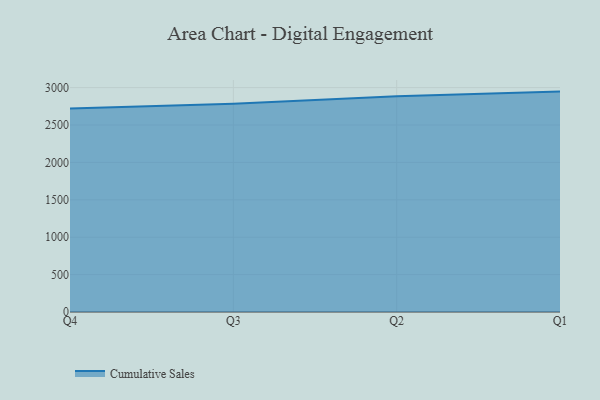
{"axis": {"x": "Quarter", "y": "Market Share (%)"}, "legend": ["Cumulative Sales"], "data": [{"x": "Q4", "y": 2719.9, "type": "Cumulative Sales"}, {"x": "Q3", "y": 2784.3, "type": "Cumulative Sales"}, {"x": "Q2", "y": 2886.0, "type": "Cumulative Sales"}, {"x": "Q1", "y": 2946.8, "type": "Cumulative Sales"}]}